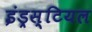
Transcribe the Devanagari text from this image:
इंड्रस्टियल